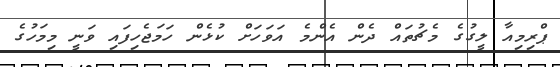
ޕްރިމިއާ ލީގުގެ މެޗުތައް ދެން އެންމެ އަވަހަށް ކުޅެން ހަމަޖެހިފައި ވަނީ މިމަހުގެ